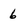
Character: 6